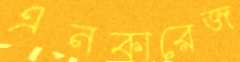
এনকারেজ